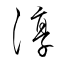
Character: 淳